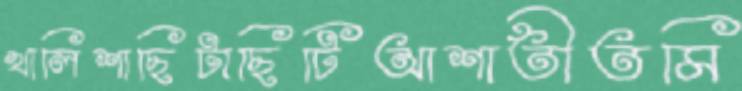
খালিশাছিটাছিটিআশাতীতমি